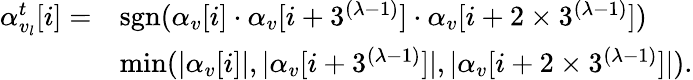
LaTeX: \begin{array}{rl}{\alpha_{v_{l}}^{t}[i]=}&{\mathrm{sgn}(\alpha_{v}[i]\cdot\alpha_{v}[i+3^{(\lambda\mathrm{-}1)}]\cdot\alpha_{v}[i+2\times 3^{(\lambda\mathrm{-}1)}])}\\ &{\mathrm{min}(|\alpha_{v}[i]|,|\alpha_{v}[i+3^{(\lambda\mathrm{-}1)}]|,|\alpha_{v}[i+2\times 3^{(\lambda\mathrm{-}1)}]|).}\end{array}